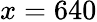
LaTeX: x=640